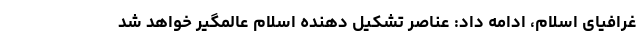
غرافیای اسلام، ادامه داد: عناصر تشکیل دهنده اسلام عالمگیر خواهد شد